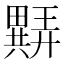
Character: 𬏖